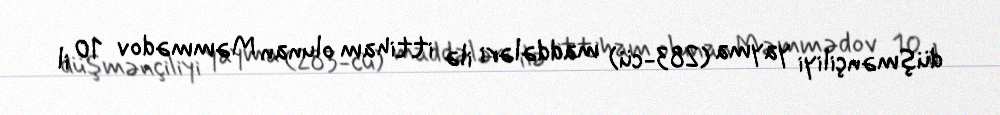
düşmənçiliyi yayma (283-cü) maddələri ilə ittiham olunan Məmmədov 10 il